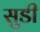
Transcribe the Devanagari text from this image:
सुडी